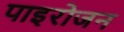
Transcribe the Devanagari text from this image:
पाइरोजन